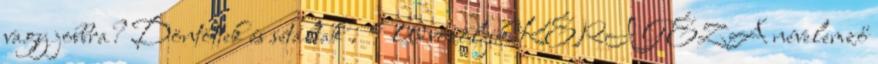
vagy jobbra? Döntöttek és sétáltak . Üdvözöljük KÉRI GÉZA névelemző